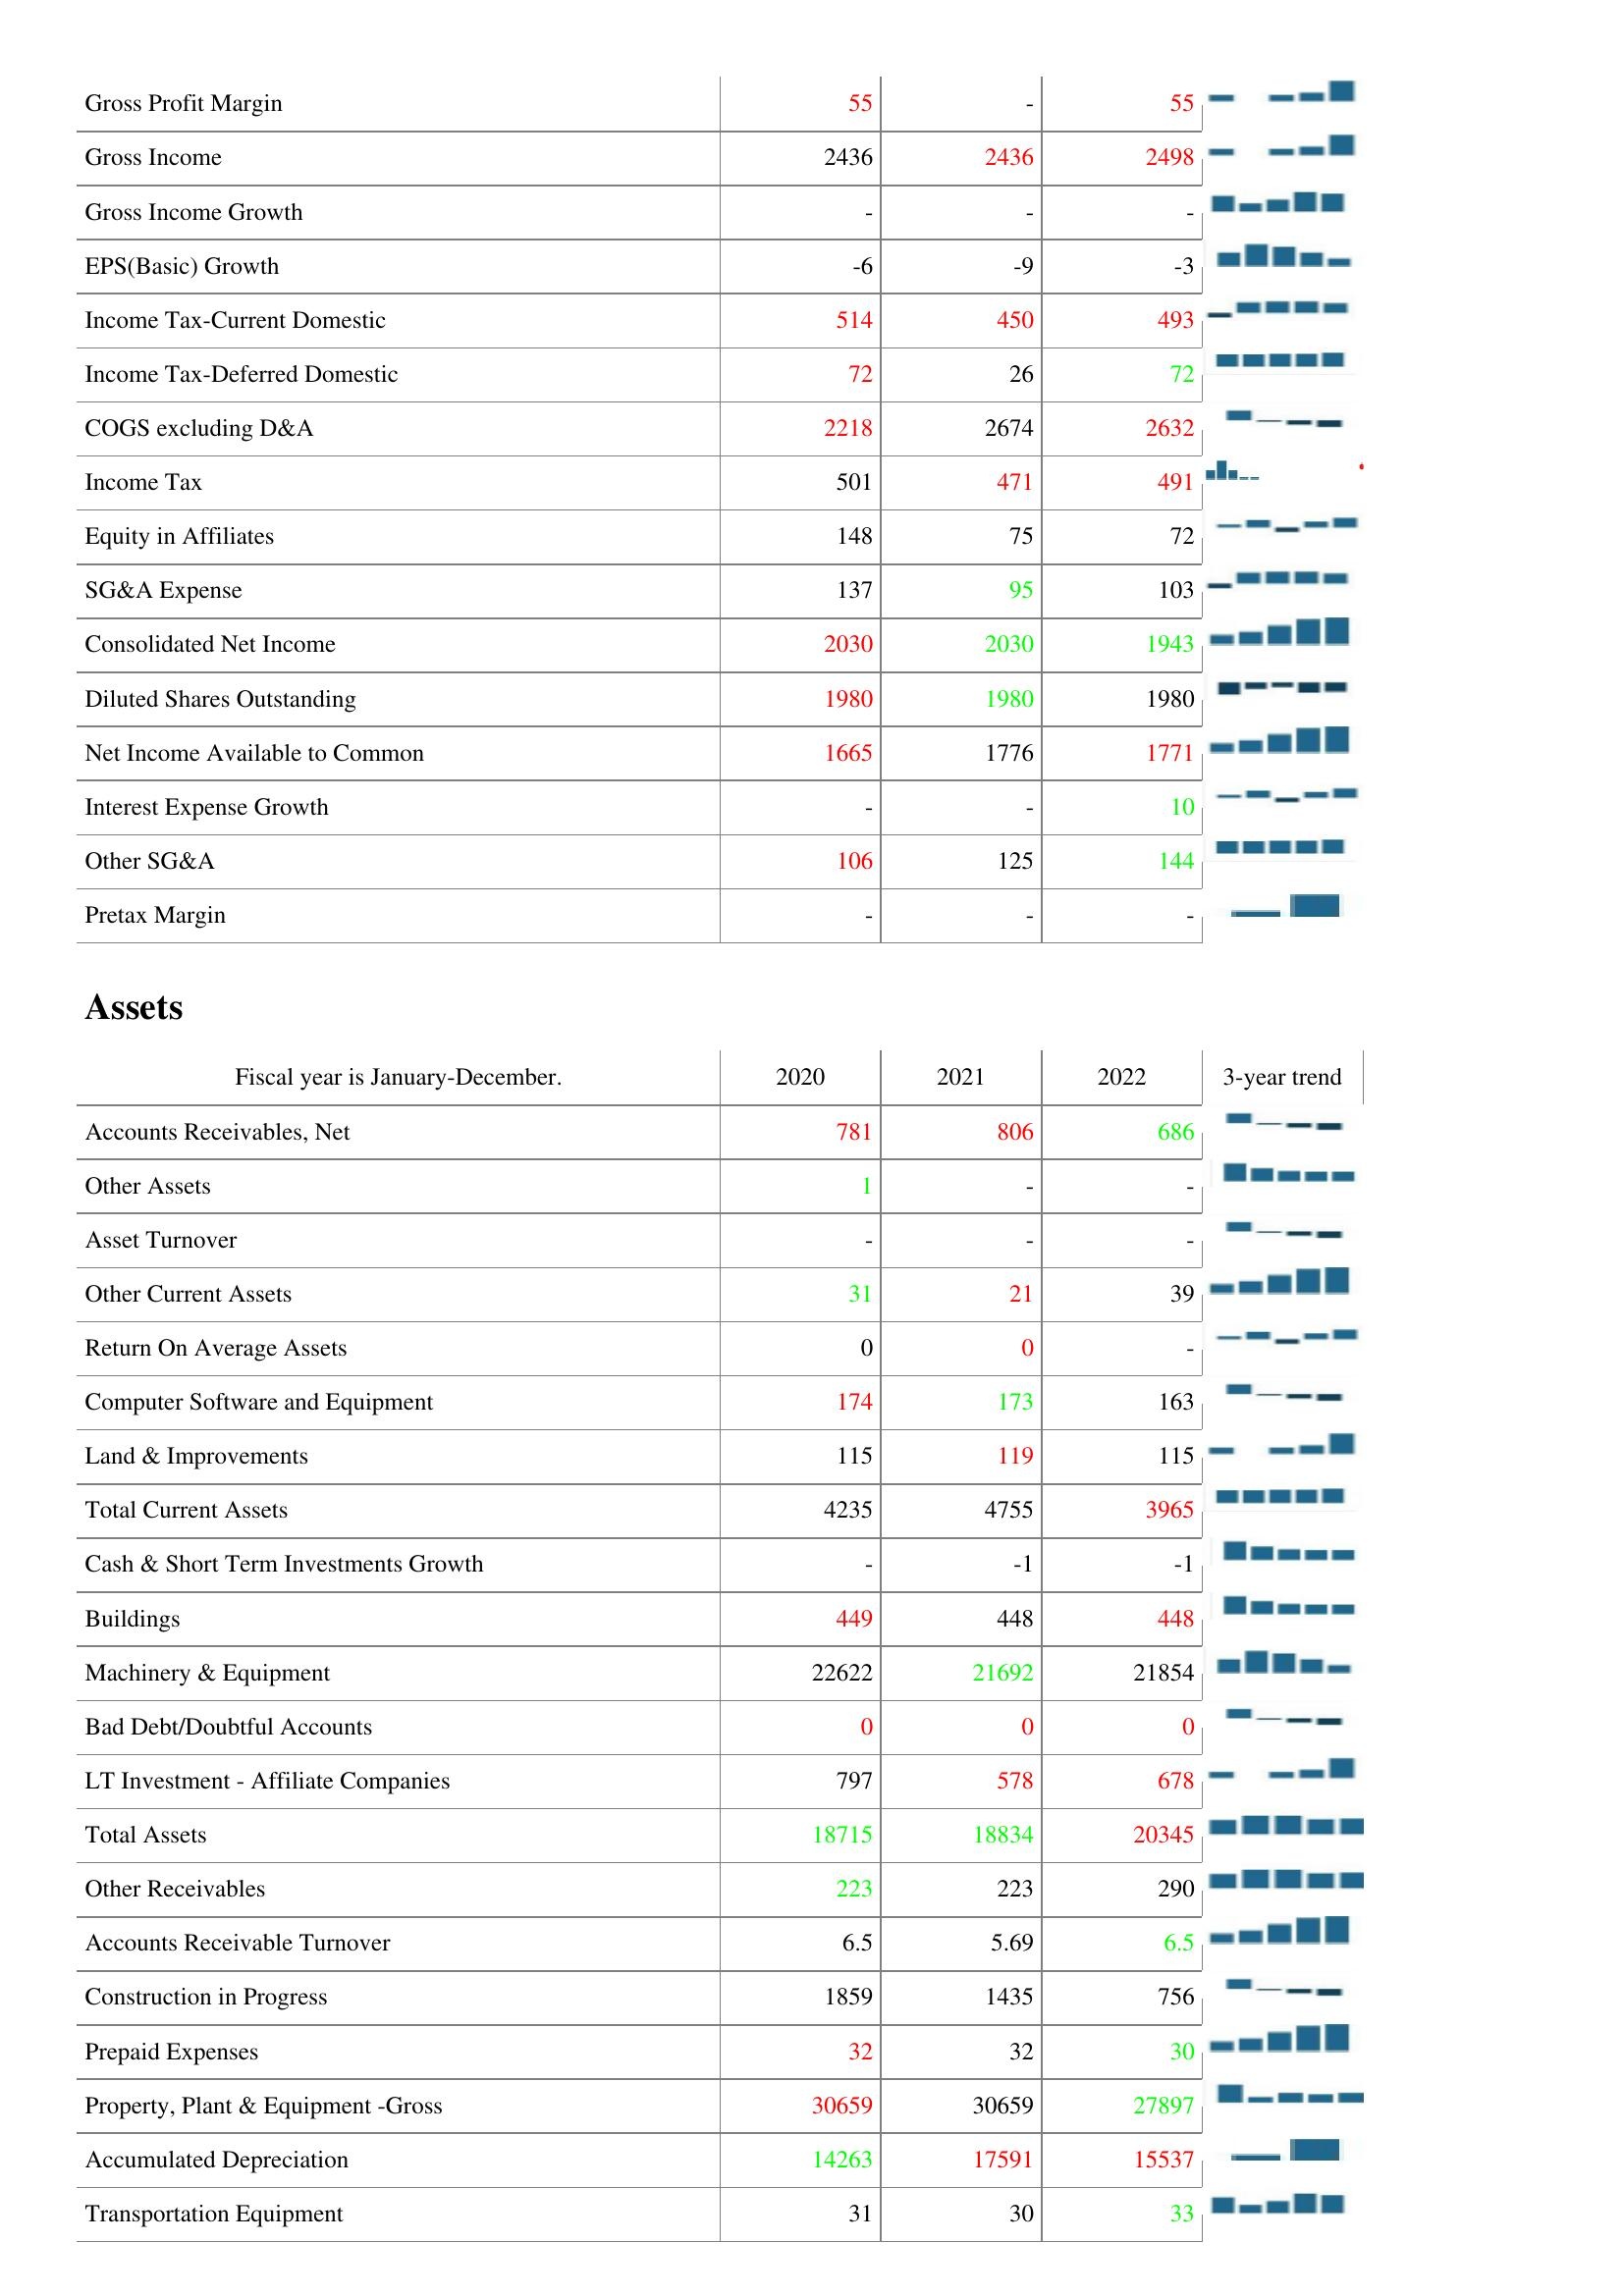
2020: : Gross Profit Margin: 55
Gross Income: 2436
Gross Income Growth: -
EPS(Basic) Growth: -6
Income Tax-Current Domestic: 514
Income Tax-Deferred Domestic: 72
COGS excluding D&A: 2218
Income Tax: 501
Equity in Affiliates: 148
SG&A Expense: 137
Consolidated Net Income: 2030
Diluted Shares Outstanding: 1980
Net Income Available to Common: 1665
Interest Expense Growth: -
Other SG&A: 106
Pretax Margin: -
Assets: Accounts Receivables, Net: 781
Other Assets: 1
Asset Turnover: -
Other Current Assets: 31
Return On Average Assets: 0
Computer Software and Equipment: 174
Land & Improvements: 115
Total Current Assets: 4235
Cash & Short Term Investments Growth: -
Buildings: 449
Machinery & Equipment: 22622
Bad Debt/Doubtful Accounts: 0
LT Investment - Affiliate Companies: 797
Total Assets: 18715
Other Receivables: 223
Accounts Receivable Turnover: 6.5
Construction in Progress: 1859
Prepaid Expenses: 32
Property, Plant & Equipment -Gross: 30659
Accumulated Depreciation: 14263
Transportation Equipment: 31
2021: : Gross Profit Margin: -
Gross Income: 2436
Gross Income Growth: -
EPS(Basic) Growth: -9
Income Tax-Current Domestic: 450
Income Tax-Deferred Domestic: 26
COGS excluding D&A: 2674
Income Tax: 471
Equity in Affiliates: 75
SG&A Expense: 95
Consolidated Net Income: 2030
Diluted Shares Outstanding: 1980
Net Income Available to Common: 1776
Interest Expense Growth: -
Other SG&A: 125
Pretax Margin: -
Assets: Accounts Receivables, Net: 806
Other Assets: -
Asset Turnover: -
Other Current Assets: 21
Return On Average Assets: 0
Computer Software and Equipment: 173
Land & Improvements: 119
Total Current Assets: 4755
Cash & Short Term Investments Growth: -1
Buildings: 448
Machinery & Equipment: 21692
Bad Debt/Doubtful Accounts: 0
LT Investment - Affiliate Companies: 578
Total Assets: 18834
Other Receivables: 223
Accounts Receivable Turnover: 5.69
Construction in Progress: 1435
Prepaid Expenses: 32
Property, Plant & Equipment -Gross: 30659
Accumulated Depreciation: 17591
Transportation Equipment: 30
2022: : Gross Profit Margin: 55
Gross Income: 2498
Gross Income Growth: -
EPS(Basic) Growth: -3
Income Tax-Current Domestic: 493
Income Tax-Deferred Domestic: 72
COGS excluding D&A: 2632
Income Tax: 491
Equity in Affiliates: 72
SG&A Expense: 103
Consolidated Net Income: 1943
Diluted Shares Outstanding: 1980
Net Income Available to Common: 1771
Interest Expense Growth: 10
Other SG&A: 144
Pretax Margin: -
Assets: Accounts Receivables, Net: 686
Other Assets: -
Asset Turnover: -
Other Current Assets: 39
Return On Average Assets: -
Computer Software and Equipment: 163
Land & Improvements: 115
Total Current Assets: 3965
Cash & Short Term Investments Growth: -1
Buildings: 448
Machinery & Equipment: 21854
Bad Debt/Doubtful Accounts: 0
LT Investment - Affiliate Companies: 678
Total Assets: 20345
Other Receivables: 290
Accounts Receivable Turnover: 6.5
Construction in Progress: 756
Prepaid Expenses: 30
Property, Plant & Equipment -Gross: 27897
Accumulated Depreciation: 15537
Transportation Equipment: 33